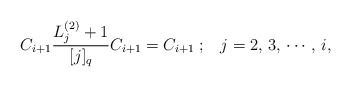
\begin{align*}C_{i+1}\frac{L_j^{(2)}+1}{[j]_q}C_{i+1}=C_{i+1}\; ; \;\;\; j=2,\,3,\,\cdots ,\, i,\end{align*}